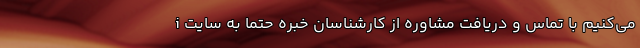
می‌کنیم با تماس و دریافت مشاوره از کارشناسانِ خبره حتما به سایت i